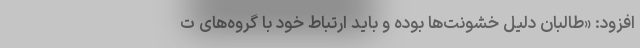
افزود: «طالبان دلیل خشونت‌ها بوده و باید ارتباط خود با گروه‌های ت